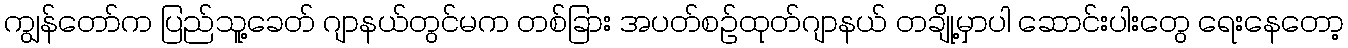
ကျွန်တော်က ပြည်သူ့ခေတ် ဂျာနယ်တွင်မက တစ်ခြား အပတ်စဉ်ထုတ်ဂျာနယ် တချို့မှာပါ ဆောင်းပါးတွေ ရေးနေတော့